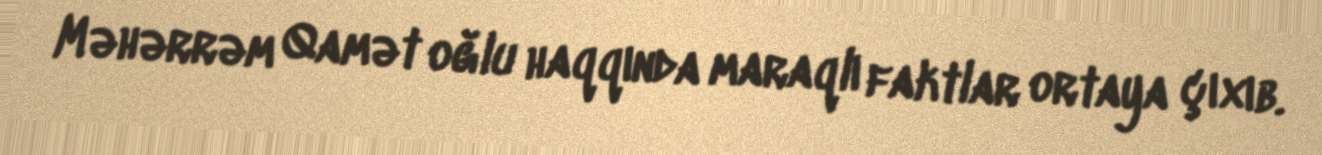
Məhərrəm Qamət oğlu haqqında maraqlı faktlar ortaya çıxıb.